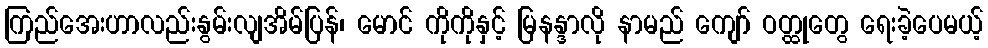
ကြည်အေးဟာလည်းနွမ်းလျအိမ်ပြန်၊ မောင် ကိုကိုနှင့် မြနန္ဒာလို နာမည် ကျော် ဝတ္ထုတွေ ရေးခဲ့ပေမယ့်